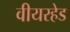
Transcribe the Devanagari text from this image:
वीयरहेड